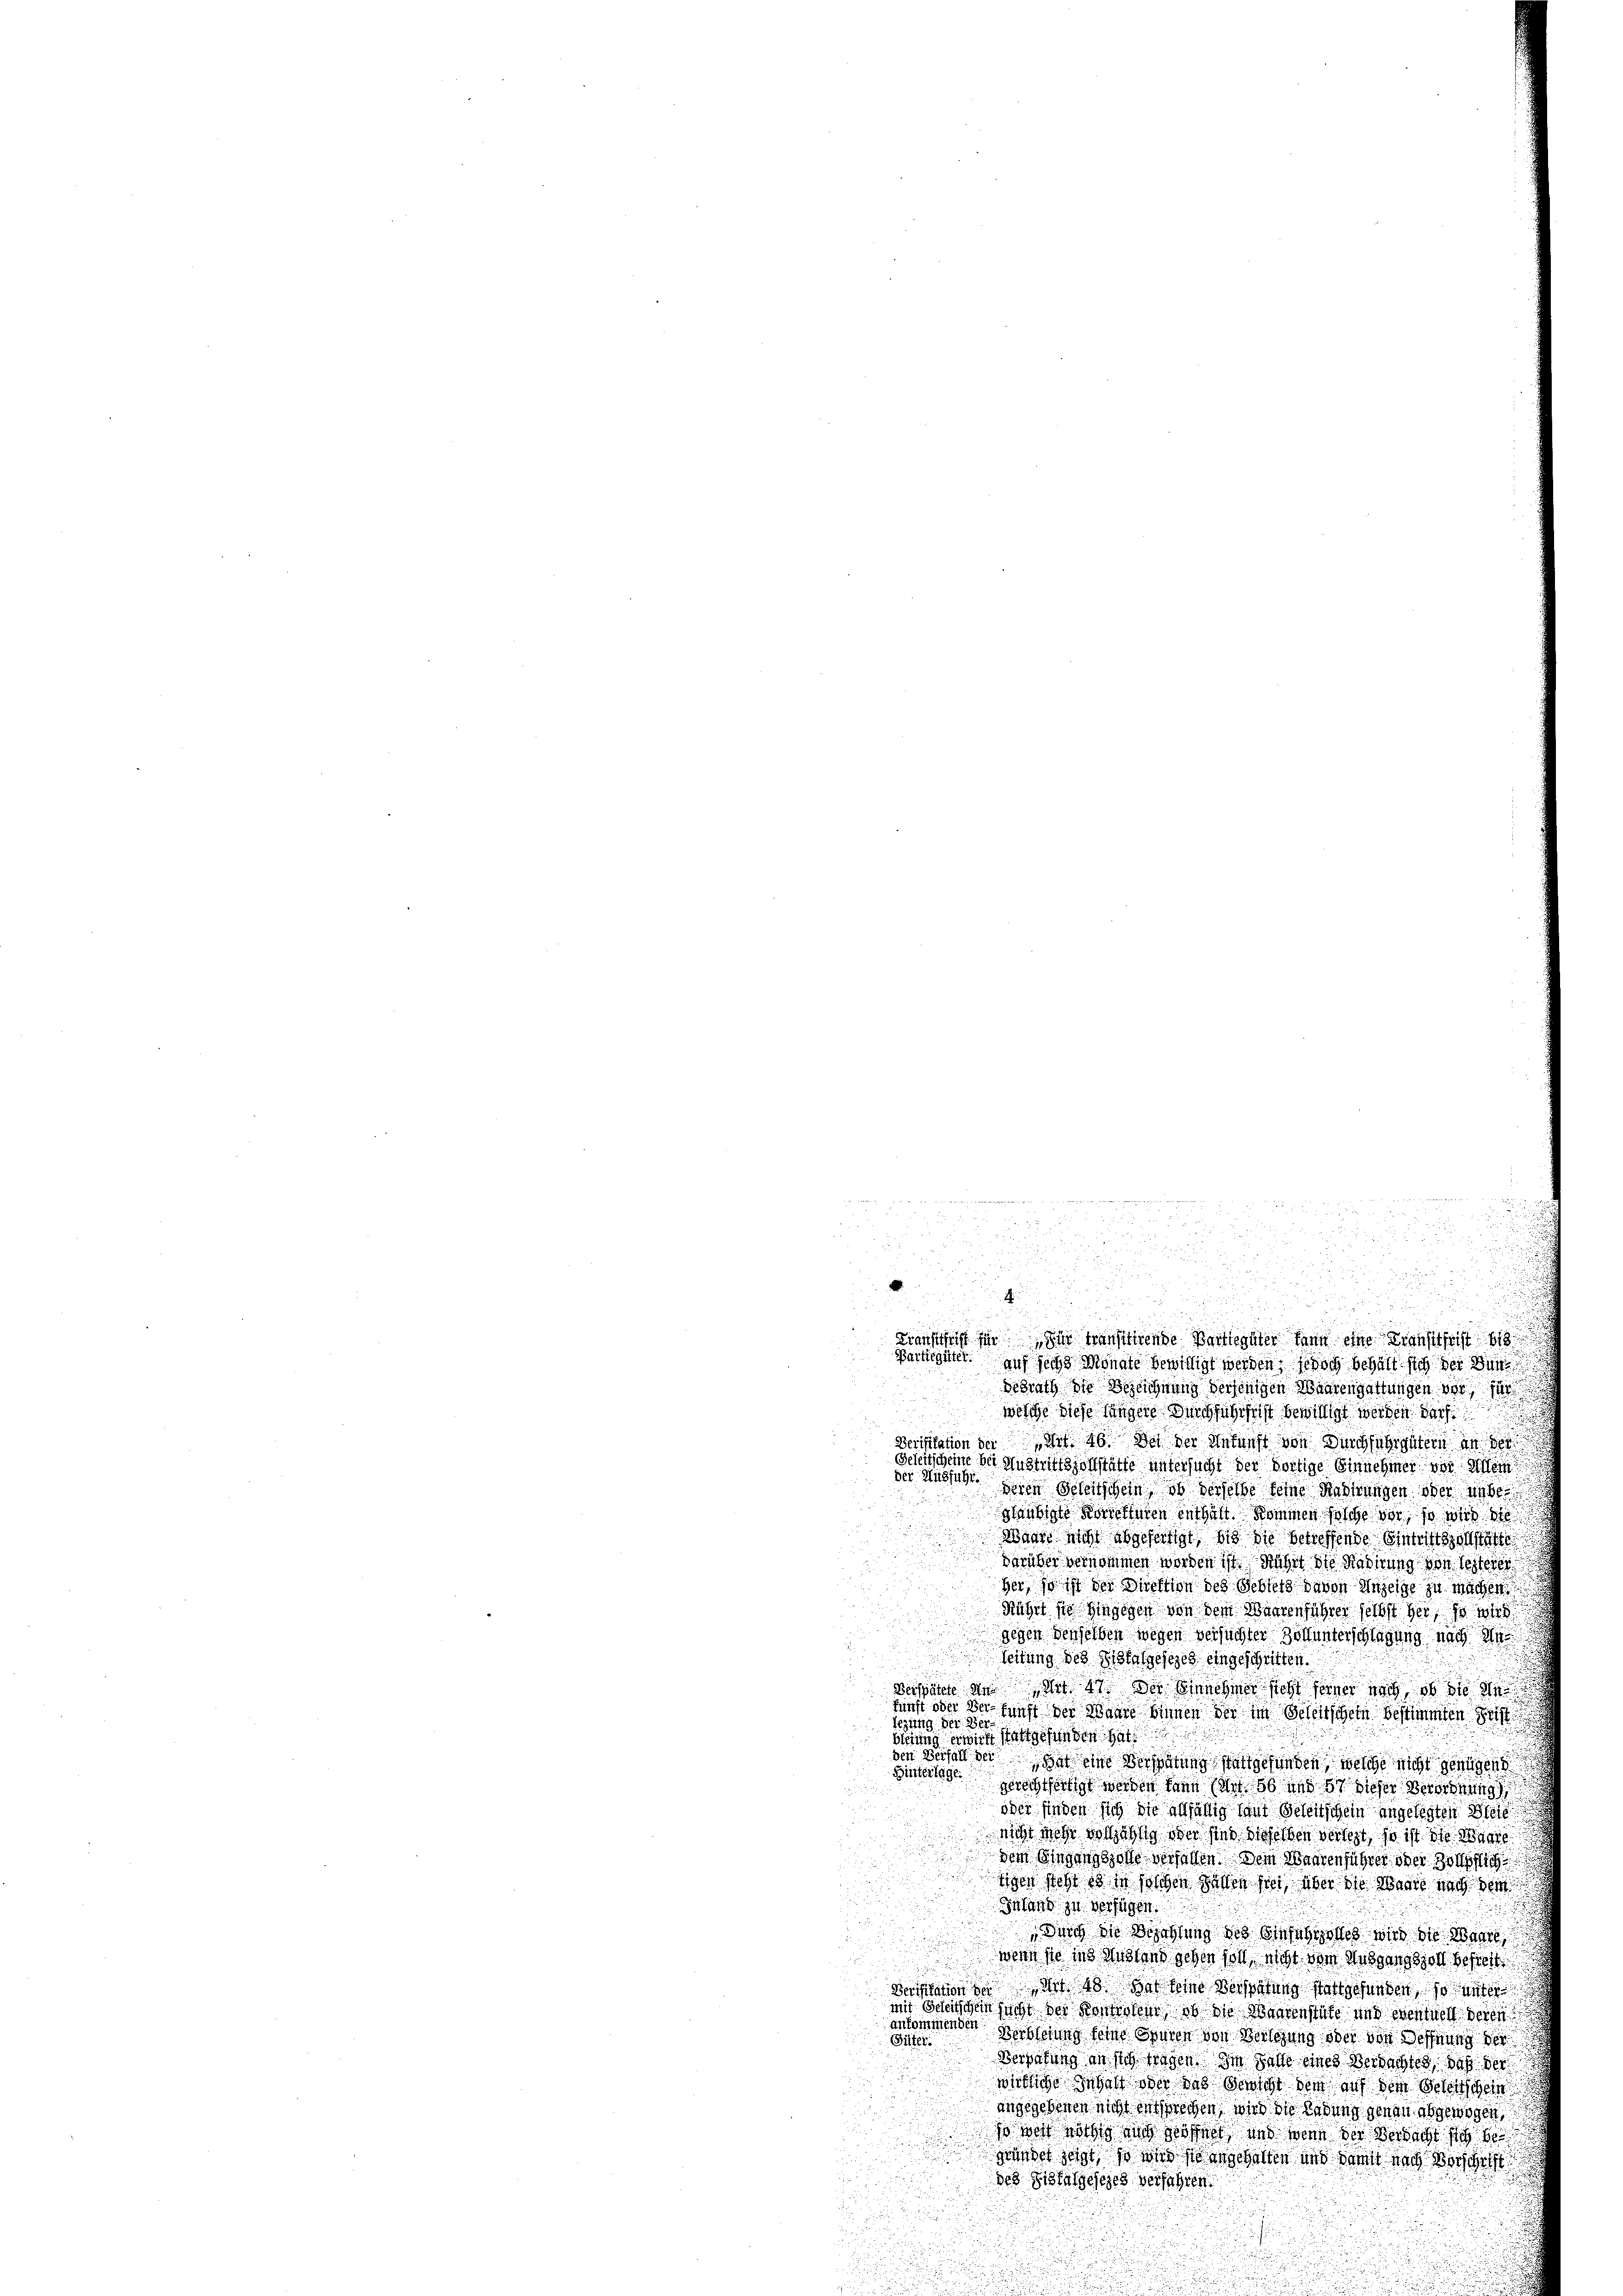
Schitscheine bei Austrittszollstätte untersucht der dortige Einnehmer vor Mein
der Ausfuhr einen Rosettschein ob derselbe seine Radtungen oder unbegläubigte Kochkunden enthält. Kommen solche vor so wird d
Wände nicht abgefertigt, als die betreffende Eintrittszollstatte
darüber vernommen worden ist. Nachst die Radirung von Seiter
2
her, so ist der Direktion des Gebiets davon Anzeige zu machen.
Nährt sie hingegen von dem Wundenführer selbst her, so wird
gegen denselben wegen versuchter Zoll unterschlagung nach de
22
leitung des Erbfalgesezes eingeschritten.
u
Beisante an des 17. Der Einnehmer steht ferner noch ob die si
kunst oder der funft der Waare binnen der im Gesettschein bestimmten Geist
sezung der Ver
bierung wir stattgefunden hat
den verhanden. Das eine Verspätung stattgefunden, welche nicht genügen
ginatigen gerechtfertigt worden kann (Art. 50 und 57 dieser Verordnung
oder finden sich die allfällig laut Geleitschein angelegten Bete
nicht mehr er mählig über sind dieselben verlegt, so ist die Winte
.
dem Singung solle verfallen. Dein Waarenführer oder Besti
tigen steht es in solchen dessen sei, über die Marie nach der
Inland zu verfügen.
Durch die Beistung des Gefahres wird die Waare
Wenn sie in Anstand geben soll, nicht vom Ausgangszoll befreit
Beisation seit 48 des seine Verspätung stattgefunden so
mit Schischein sucht der Konsolen, ob die Wangenstatt und wennell deren
ankommenden Verbietung seine Spuren von Verlegung oder von Hoffnung der
Güter
Vergütung an sich tragen. Im Falle eines Verdachtes, daß der
wirkliche Inhalt oder das Gewicht der auf dem Geleischein
angegebenen nicht entsprechen, wird die Ladung genau abgewogen,
 so wol nötig auch geöfnet und wenn der Verdacht sich b
Mündet jetzt so wird so abgehalten und damit nach Beschrift
i
des Sihlalgesezes verfahren.

1
n

u

.

.
.

3
u
w
r

2
d
.
d
 25

Krausschrift für Dir transtirende Barttegüter kann eine Dienschrist 18
Partegütet. auf sechs Monate bewilligt werden, jedoch behalt sich der Bur
debrach die Bezeichnung derjenigen Wangengattungen vor, für
wölche diese längere durchfuhr ist bewilligt werden. Barh
Derisation damit 40. Da der Ankunft von Dich sehr guten an d